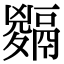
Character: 𩱅